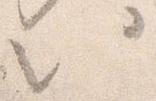
以